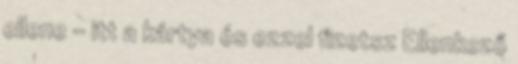
ellene – itt a kártya és ezzel fizetsz Ellenkező